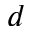
d